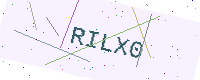
Text: RILX0